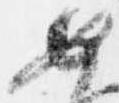
如